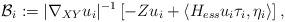
LaTeX: \begin{align*}\mathcal B_i := |\nabla_{XY} u_i|^{-1} \left[ -Zu_i + \langle H_{ess} u_i \tau_i, \eta_i \rangle \right] , \end{align*}